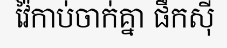
វ៉ៃកាប់ចាក់គ្នា ផឹកស៊ី